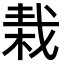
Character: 𣒭